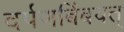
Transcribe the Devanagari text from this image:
दर्पणबिंबवत्